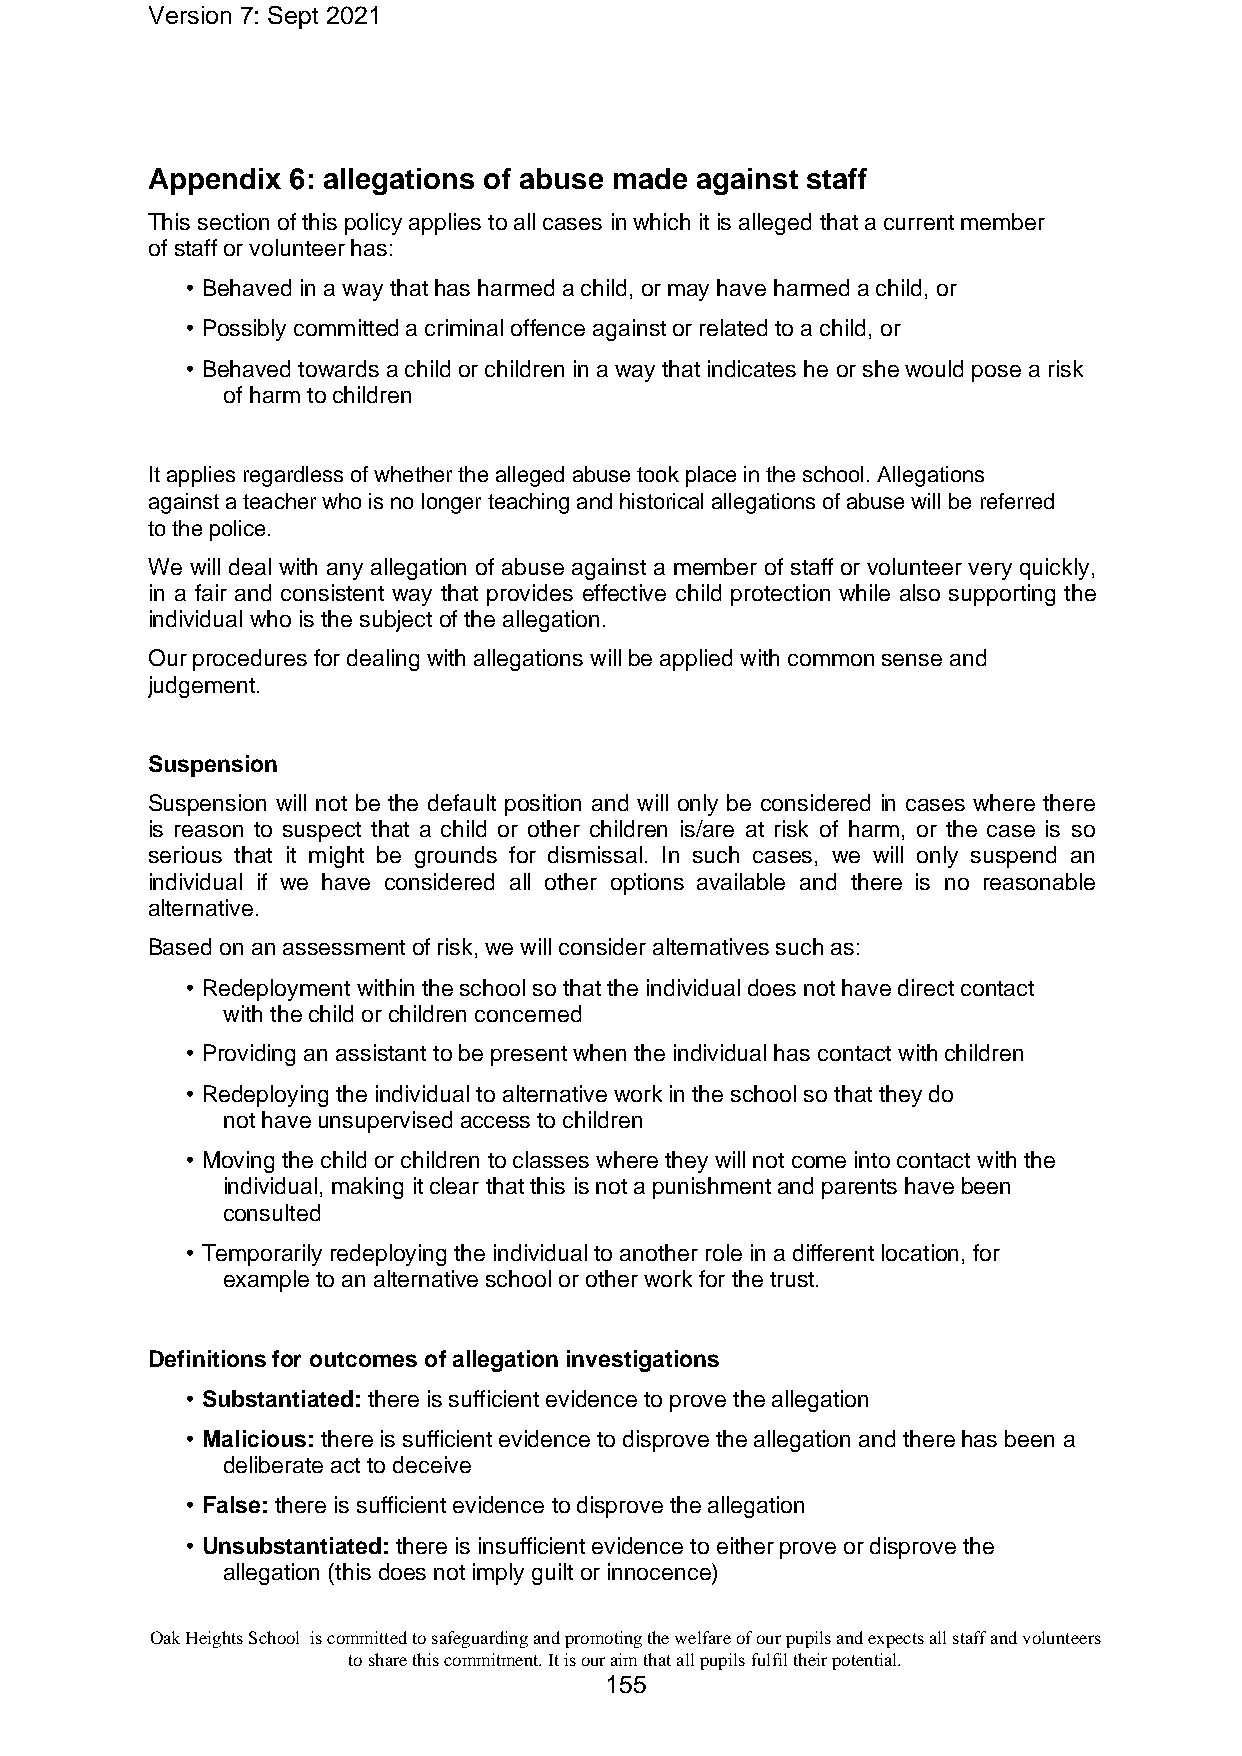
Version 7: Sept 2021
 Appendix 6: allegations of abuse made against staff
 This section of this policy applies to all cases in which it is alleged that a current member
 of staff or volunteer has:
 • Behaved in a way that has harmed a child, or may have harmed a child, or
 • Possibly committed a criminal offence against or related to a child, or
 • Behaved towards a child or children in a way that indicates he or she would pose a risk
 of harm to children
 It applies regardless of whether the alleged abuse took place in the school. Allegations
 against a teacher who is no longer teaching and historical allegations of abuse will be referred
 to the police.
 We will deal with any allegation of abuse against a member of staff or volunteer very quickly,
 in a fair and consistent way that provides effective child protection while also supporting the
 individual who is the subject of the allegation.
 Our procedures for dealing with allegations will be applied with common sense and
 judgement.
 Suspension
 Suspension will not be the default position and will only be considered in cases where there
 is reason to suspect that a child or other children is/are at risk of harm, or the case is so
 serious that it might be grounds for dismissal. In such cases, we will only suspend an
 individual if we have considered all other options available and there is no reasonable
 alternative.
 Based on an assessment of risk, we will consider alternatives such as:
 • Redeployment within the school so that the individual does not have direct contact
 with the child or children concerned
 • Providing an assistant to be present when the individual has contact with children
 • Redeploying the individual to alternative work in the school so that they do
 not have unsupervised access to children
 • Moving the child or children to classes where they will not come into contact with the
 individual, making it clear that this is not a punishment and parents have been
 consulted
 • Temporarily redeploying the individual to another role in a different location, for
 example to an alternative school or other work for the trust.
 Definitions for outcomes of allegation investigations
 • Substantiated: there is sufficient evidence to prove the allegation
 • Malicious: there is sufficient evidence to disprove the allegation and there has been a
 deliberate act to deceive
 • False: there is sufficient evidence to disprove the allegation
 • Unsubstantiated: there is insufficient evidence to either prove or disprove the
 allegation (this does not imply guilt or innocence)
 Oak Heights School is committed to safeguarding and promoting the welfare of our pupils and expects all staff and volunteers
 to share this commitment. It is our aim that all pupils fulfil their potential.
 155